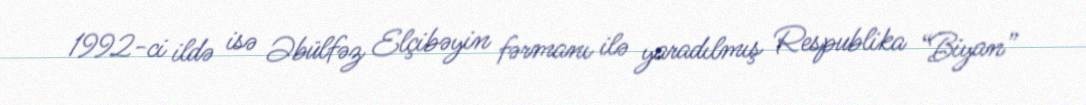
1992-ci ildə isə Əbülfəz Elçibəyin fərmanı ilə yaradılmış Respublika “Biyan”